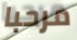
مرحبا